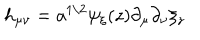
h _ { \mu \nu } = a ^ { 1 / 2 } \psi _ { \xi } ( z ) \partial _ { \mu } \partial _ { \nu } \xi _ { z }